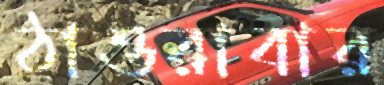
ঠাওরাবার